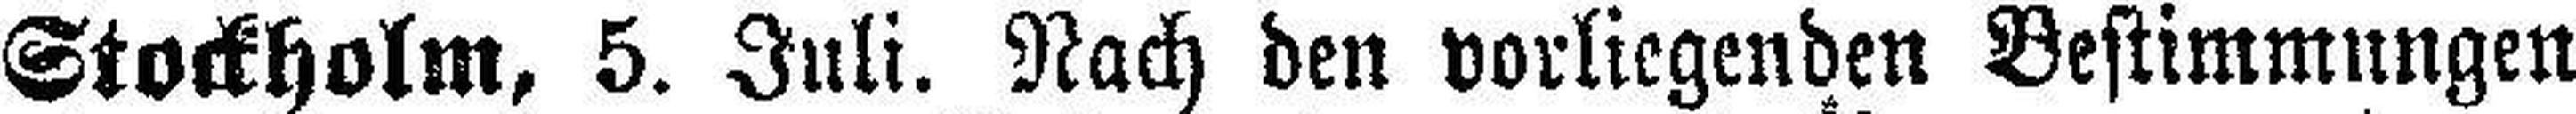
Stockholm, 5. Juli. Nach den vorliegenden Bestimmungen